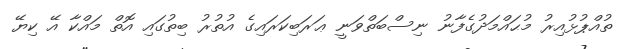
ތުއްޕުޅުއިރު މުޙައްމަދުގެފާނު ނިސްބަތްވަނީ ޢަރަބިކަރައިގެ އުތުރު ބިތުގައި އޮތް މައްކާ އޭ ކިޔޭ